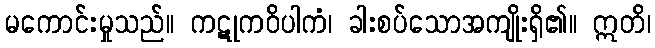
မကောင်းမှုသည်။ ကဋုကဝိပါကံ၊ ခါးစပ်သောအကျိုးရှိ၏။ ဣတိ၊